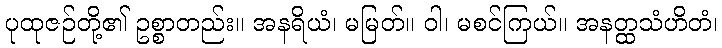
ပုထုဇဉ်တို့၏ ဥစ္စာတည်း။ အနရိယံ၊ မမြတ်။ ဝါ၊ မစင်ကြယ်။ အနတ္ထသံဟိတံ၊